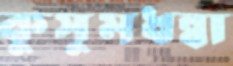
কুসুমধন্বা